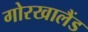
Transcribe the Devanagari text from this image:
गोरखालैंड